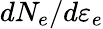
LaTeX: dN_{e}/d\varepsilon_{e}